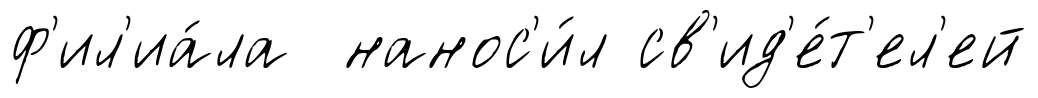
ф'ил'иа́ла нанос'и́л св'ид'е́т'ел'ей